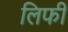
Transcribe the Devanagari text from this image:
लिफी